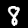
Digit: 8